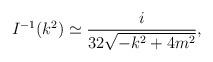
LaTeX: \begin{align*}I^{-1}(k^2)\simeq\frac{i}{32\sqrt{-k^2+4m^2}},\end{align*}